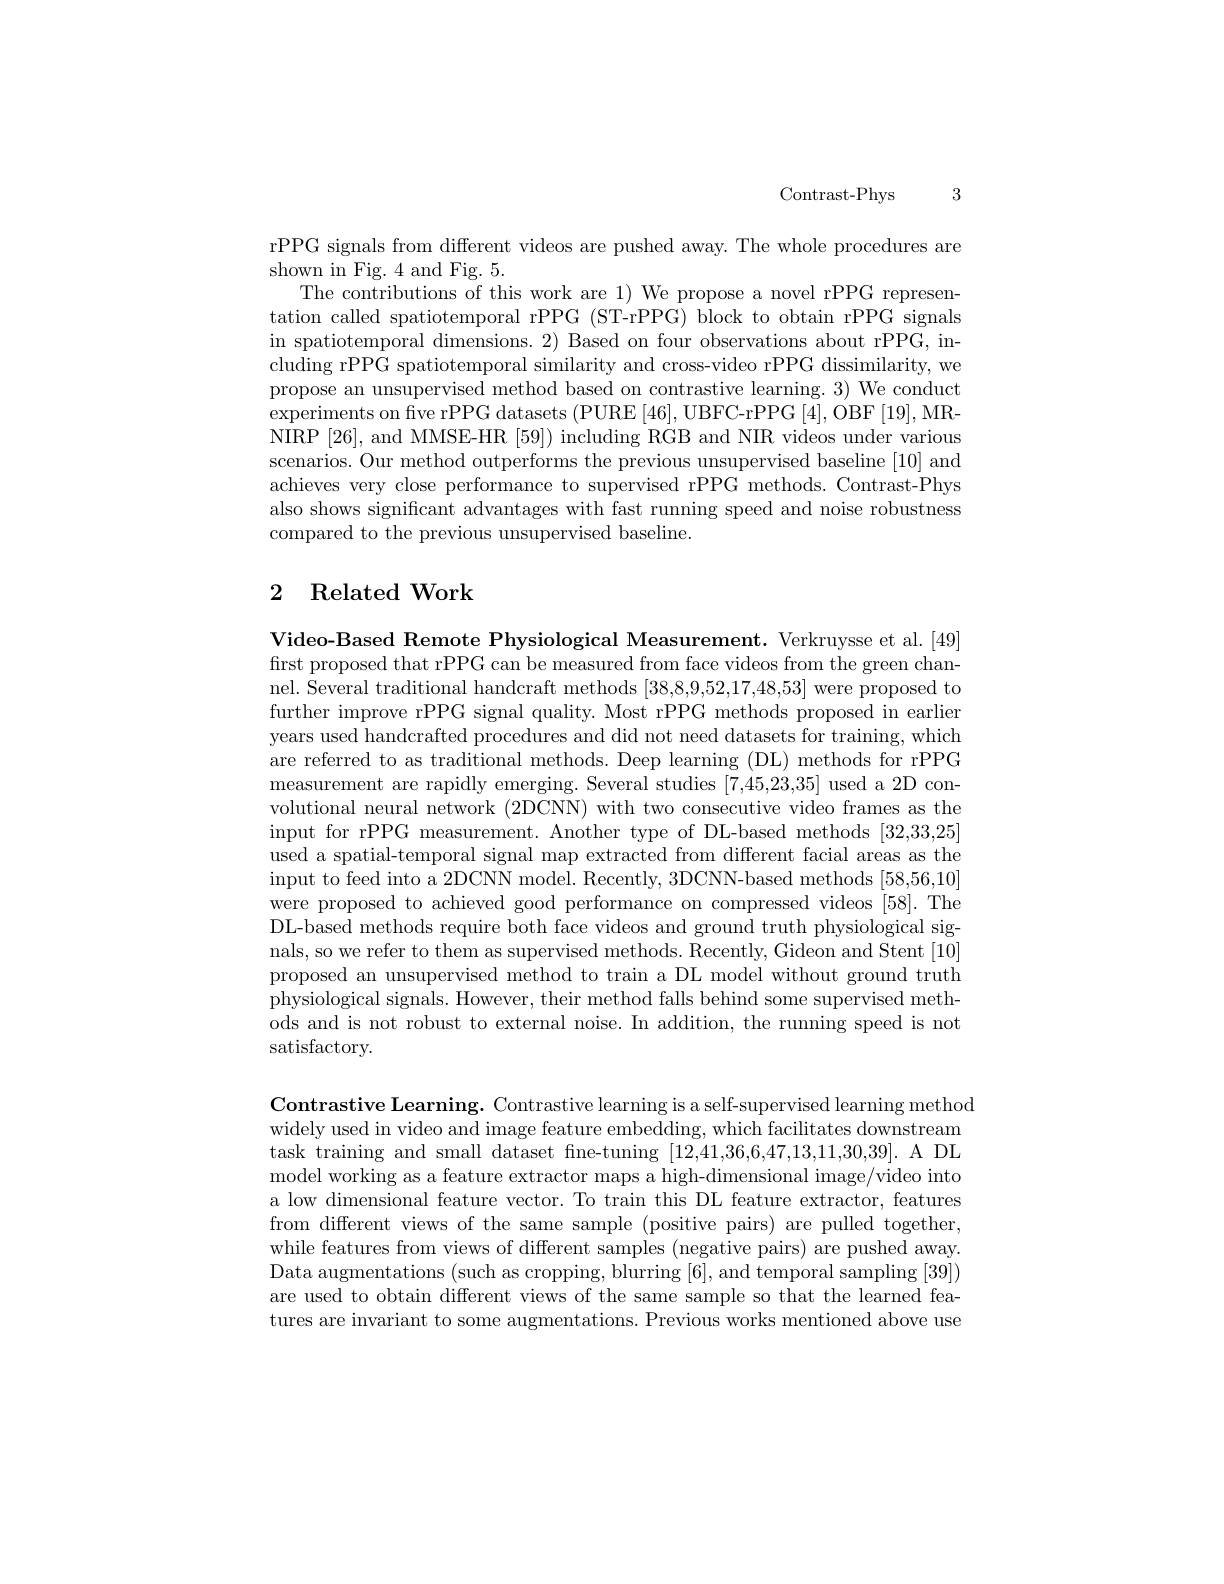
Contrast- Phys 3

rPPG signals from different videos are pushed away. The whole procedures are
shown in Fig. 4 and Fig. 5.
The contributions of this work are 1) We propose a novel rPPG representation called spatiotemporal rPPG (ST-rPPG) block to obtain rPPG signals in spatiotemporal dimensions. 2) Based on four observations about rPPG, including rPPG spatiotemporal similarity and cross-video rPPG dissimilarity, we propose an unsupervised method based on contrastive learning. 3) We conduct experiments on five rPPG datasets (PURE [46], UBFC-rPPG [4], OBF [19], MRNIRP [26], and MMSE-HR [59]) including RGB and NIR videos under various scenarios. Our method outperforms the previous unsupervised baseline [10] and achieves very close performance to supervised rPPG methods. Contrast-Phys also shows significant advantages with fast running speed and noise robustness compared to the previous unsupervised baseline.

# 2 Related Work

Video-Based Remote Physiological Measurement. Verkruysse et al.[49] first proposed that rPPG can be measured from face videos from the green channel. Several traditional handcraft methods [38,8,9,52,17,48,53] were proposed to further improve rPPG signal quality. Most rPPG methods proposed in earlier years used handcrafted procedures and did not need datasets for training, which are referred to as traditional methods. Deep learning (DL) methods for rPPG measurement are rapidly emerging. Several studies [7,45,23,35] used a 2D convolutional neural network (2DCNN) with two consecutive video frames as the input for rPPG measurement. Another type of DL-based methods [32,33,25] used a spatial-temporal signal map extracted from different facial areas as the input to feed into a 2DCNN model. Recently, 3DCNN-based methods [58,56,10] were proposed to achieved good performance on compressed videos [58].The DL-based methods require both face videos and ground truth physiological signals, so we refer to them as supervised methods. Recently, Gideon and Stent [10] proposed an unsupervised method to train a DL model without ground truth physiological signals. However, their method falls behind some supervised methods and is not robust to external noise. In addition, the running speed is not satisfactory.

Contrastive Learning. Contrastive learning is a self-supervised learning method widely used in video and image feature embedding, which facilitates downstream task training and small dataset fne-tuning [12,41,36,6,47,13,11,30,39]. A DL model working as a feature extractor maps a high-dimensional image/video into a low dimensional feature vector. To train this DL feature extractor, features from different views of the same sample (positive pairs) are pulled together while features from views of different samples (negative pairs) are pushed away Data augmentations (such as cropping, blurring [6], and temporal sampling [39]) are used to obtain different views of the same sample so that the learned features are invariant to some augmentations. Previous works mentioned above use